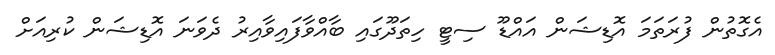
އެގޮތުން ފުރަތަމަ އޮޑިޝަން އައްޑޫ ސިޓީ ހިތަދޫގައި ބާއްވާފައިވާއިރު ދެވަނަ އޮޑިޝަން ކުރިއަށް